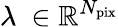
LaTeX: \lambda\ \in\mathbb{R}^{N_{\mathrm{pix}}}